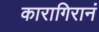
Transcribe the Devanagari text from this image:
कारागिरानं